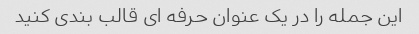
این جمله را در یک عنوان حرفه ای قالب بندی کنید